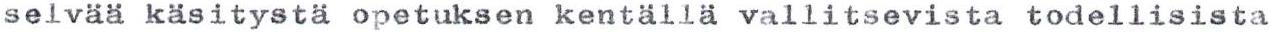
selvää käsitystä opetuksen kentällä vallitsevista todellisista